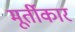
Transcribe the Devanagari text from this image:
मूर्तीकार